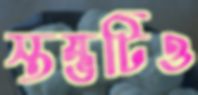
স্তম্ভটিও